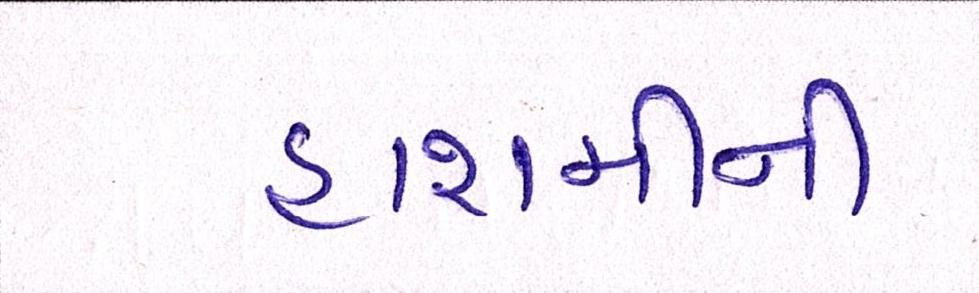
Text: હાશમીની